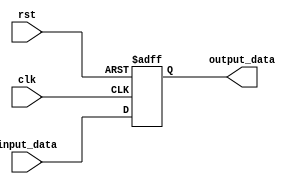
module PC(
    input clk,
    input rst,
    input [31:0]input_data,
    output reg[31:0]output_data
);

always@(posedge clk or posedge rst)begin
    if(rst) output_data<=32'h00003000;
    else begin
        output_data<=input_data;
    end
end

endmodule